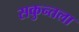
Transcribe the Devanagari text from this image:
सकुन्तला